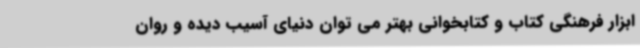
ابزار فرهنگی کتاب و کتابخوانی بهتر می توان دنیای آسیب دیده و روان